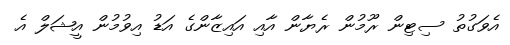
އެވަގުތު ސިޓިން ރޫމުން ރެޔާން އާއި އައިޒާންގެ އަޑު އިވުމުން އީޝަލް އެ